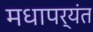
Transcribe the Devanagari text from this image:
मधापर्यंत